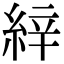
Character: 𦀓